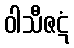
ဝါသီဇဋံ